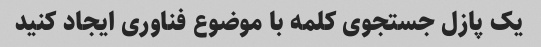
یک پازل جستجوی کلمه با موضوع فناوری ایجاد کنید